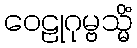
ဝေဠုဂုမ္ဗသ္မိံ